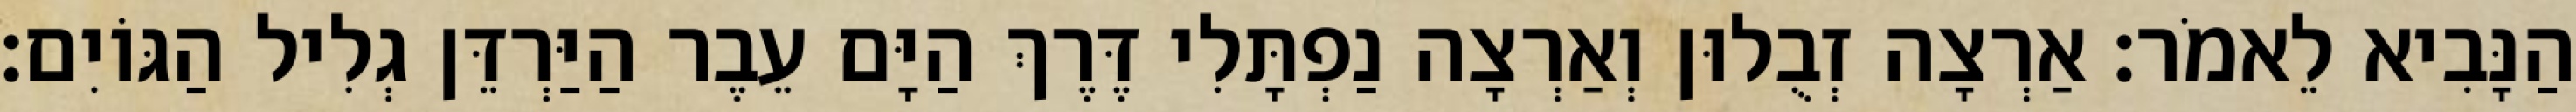
הַנָּבִיא לֵאמֹר׃ אַרְצָה זְבֻלוּן וְאַרְצָה נַפְתָּלִי דֶּרֶךְ הַיָּם עֵבֶר הַיַּרְדֵּן גְלִיל הַגּוֹיִם׃